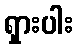
ရှားပါး